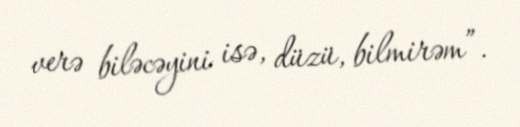
verə biləcəyini isə, düzü, bilmirəm”.